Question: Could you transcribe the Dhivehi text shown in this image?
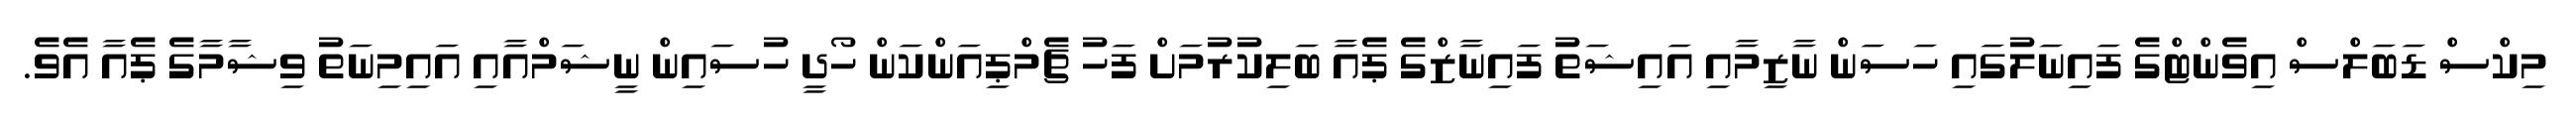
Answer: މިކްސް ޑަބަލްސް އިވެންޓްގެ ފައިނަލުގައި ހަސަން ނާޒިމާއި އައިޝަތު ފައިނާޒްގެ ޕެއާ ބަލިކުރުމަށް ފަހު ޗެމްޕިއަންކަން ހޯދީ ހުސައިން ނީޝަމްއާއި އައިމިނަތު ވިޝާމާގެ ޕެއާ އެވެ.